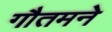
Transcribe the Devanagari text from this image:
गौतमने